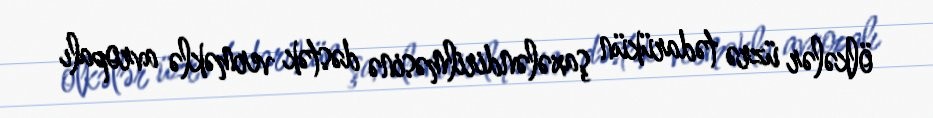
ölkələr üzrə tədarükün şaxələndirilməsinə dəstək verməklə avropalı